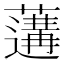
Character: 𦾼